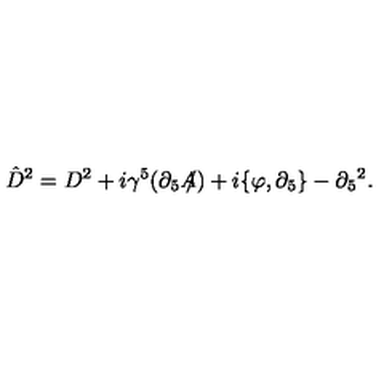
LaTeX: \hat { D } ^ { 2 } = D ^ { 2 } + i \gamma ^ { 5 } ( \partial _ { 5 } A \! \! \! / ) + i \{ \varphi , \partial _ { 5 } \} - \partial _ { 5 } { } ^ { 2 } .